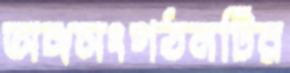
অঙ্গসংগঠনটির